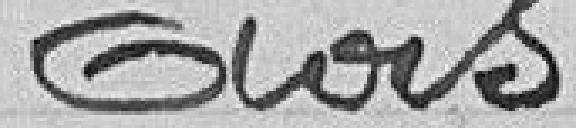
Avis